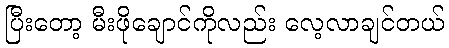
ပြီးတော့ မီးဖိုချောင်ကိုလည်း လေ့လာချင်တယ်